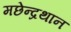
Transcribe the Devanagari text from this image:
मछेन्‍द्रथान